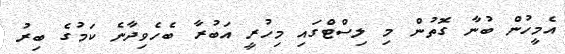
އެމީހުން ބުނާ ގޮތުން މި ލިސްޓްގައި މިހުރީ އަބުރާ ބެހެވިދާނެ ކަމުގެ ބިރު